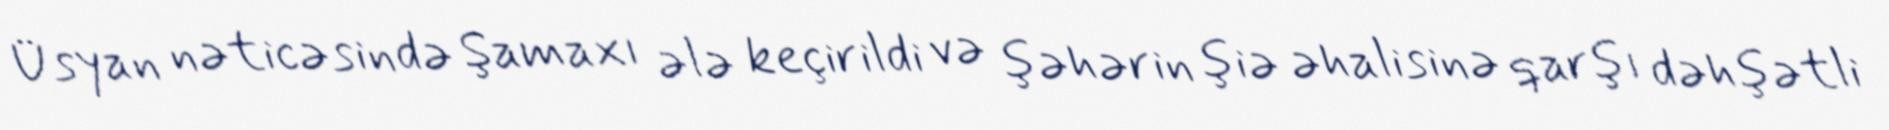
Üsyan nəticəsində Şamaxı ələ keçirildi və şəhərin şiə əhalisinə qarşı dəhşətli